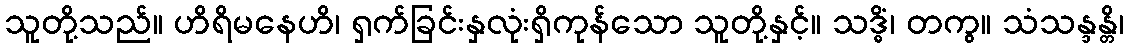
သူတို့သည်။ ဟိရိမနေဟိ၊ ရှက်ခြင်းနှလုံးရှိကုန်သော သူတို့နှင့်။ သဒ္ဓိံ၊ တကွ။ သံသန္ဒန္တိ၊